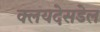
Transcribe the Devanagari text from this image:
क्लयदेसडेल